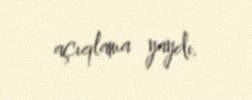
açıqlama yaydı.